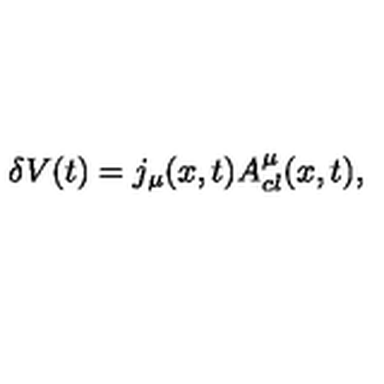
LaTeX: \delta V ( t ) = j _ { \mu } ( x , t ) A _ { c l } ^ { \mu } ( x , t ) ,